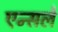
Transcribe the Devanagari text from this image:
एन्सले